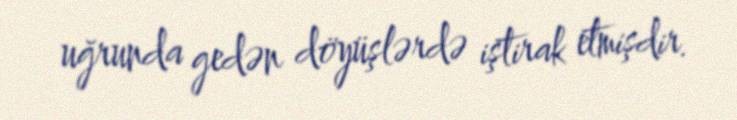
uğrunda gedən döyüşlərdə iştirak etmişdir.